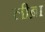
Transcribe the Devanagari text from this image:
लीब्रा